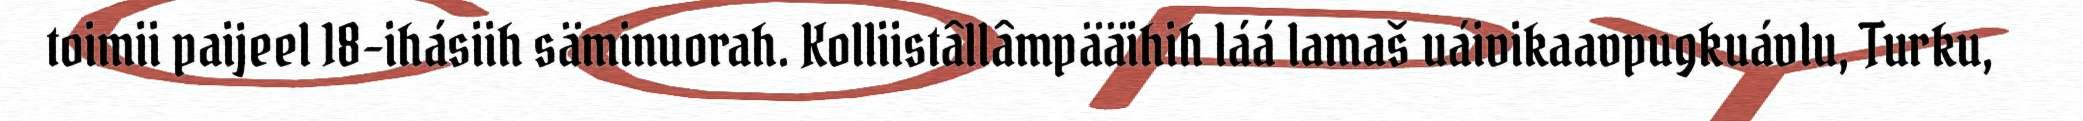
toimii paijeel 18-ihásiih säminuorah. Kolliistâllâmpääihih láá lamaš uáivikaavpugkuávlu, Turku,